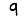
Digit: 9